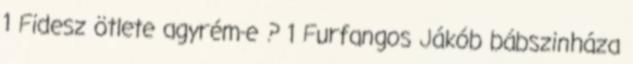
1 Fidesz ötlete agyrém-e ? 1 Furfangos Jákób bábszinháza